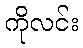
ကိုလင်း